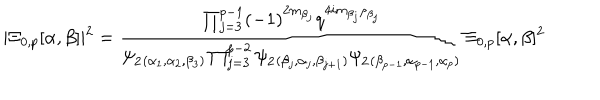
\vert \Xi _ { 0 , p } [ \alpha , \beta ] \vert ^ { 2 } = \frac { \prod _ { j = 3 } ^ { p - 1 } ( - 1 ) ^ { 2 m _ { \beta _ { j } } } q ^ { 4 i m _ { \beta _ { j } } \rho _ { \beta _ { j } } } } { { \psi } _ { 2 } { } _ { ( \alpha _ { 1 } , \alpha _ { 2 } , \beta _ { 3 } ) } \prod _ { j = 3 } ^ { p - 2 } { \psi } _ { 2 } { } _ { ( \beta _ { j } , \alpha _ { j } , \beta _ { j + 1 } ) } { \psi } _ { 2 } { } _ { ( \beta _ { p - 1 } , \alpha _ { p - 1 } , \alpha _ { p } ) } } \Xi _ { 0 , p } [ \alpha , \beta ] ^ { 2 }